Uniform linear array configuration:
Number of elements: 8
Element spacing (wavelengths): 0.5
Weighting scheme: kaiser
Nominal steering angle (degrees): -15
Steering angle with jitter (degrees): -13.152
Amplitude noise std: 0.05
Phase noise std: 0.05

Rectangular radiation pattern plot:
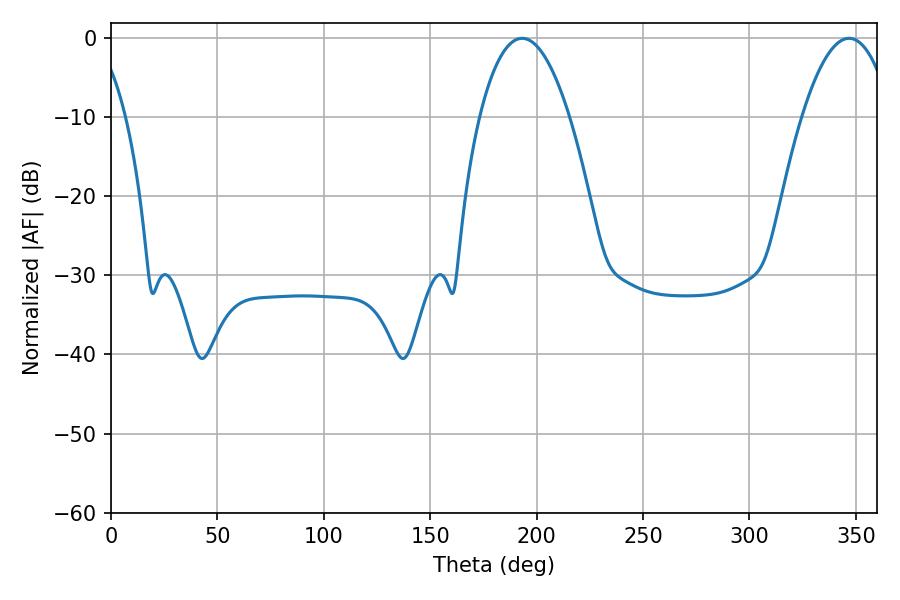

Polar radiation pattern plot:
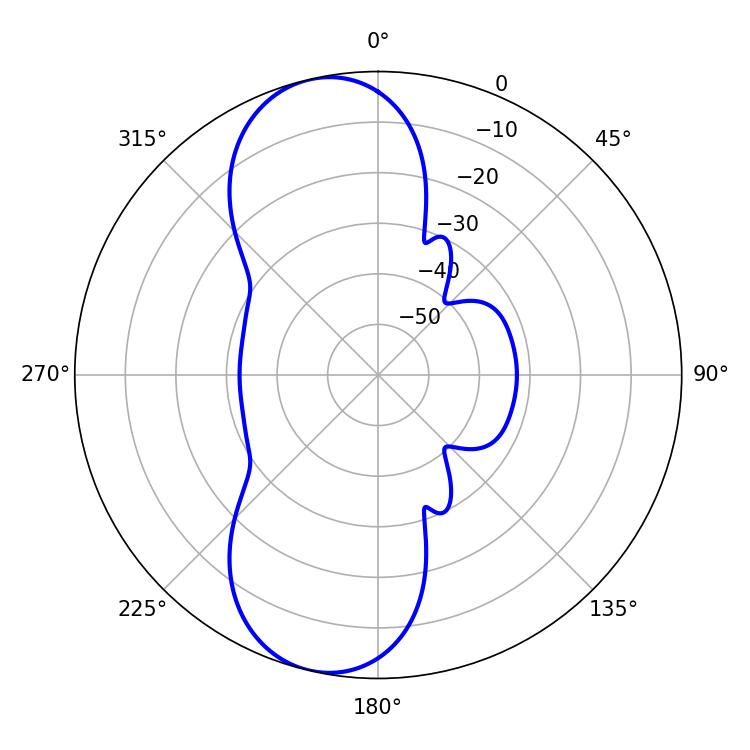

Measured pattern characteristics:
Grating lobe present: FALSE
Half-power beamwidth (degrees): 23.4
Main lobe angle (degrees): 193.14